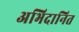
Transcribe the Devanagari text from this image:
अभिदानित